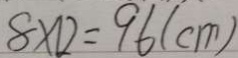
8 \times 1 2 = 9 6 ( c m )